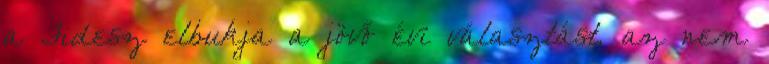
a Fidesz elbukja a jövő évi választást, az nem